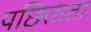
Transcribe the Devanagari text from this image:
पछिताता